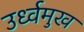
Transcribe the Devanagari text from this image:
उर्ध्वमुख